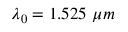
\lambda _ { 0 } = 1 . 5 2 5 \ \mu m